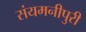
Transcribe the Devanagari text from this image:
संयमनीपुरी